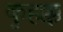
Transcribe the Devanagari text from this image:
कुहक्क